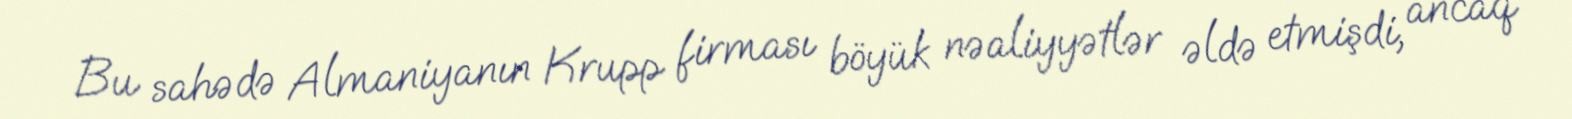
Bu sahədə Almaniyanın Krupp firması böyük nəaliyyətlər əldə etmişdi, ancaq